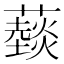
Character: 䕭